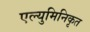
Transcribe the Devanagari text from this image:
एल्युमिनिकृत